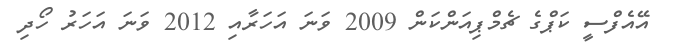
އޭއެފްސީ ކަޕްގެ ޗެމްޕިއަންކަން 2009 ވަނަ އަހަރާއި 2012 ވަނަ އަހަރު ހޯދި